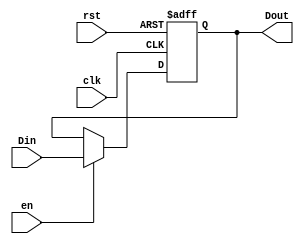
`timescale 1ns / 1ps
//////////////////////////////////////////////////////////////////////////////////
// Company: 
// Engineer: 
// 
// Design Name: 
// Module Name: register
// Project Name: 
// Target Devices: 
// Tool Versions: 
// Description: 
// 
// Dependencies: 
// 
// Revision:
// Revision 0.01 - File Created
// Additional Comments:
// 
//////////////////////////////////////////////////////////////////////////////////


module register(Din,en,clk,rst,Dout);
    input[31:0]Din;
    input en,clk,rst;
    output reg[31:0]Dout;
    initial begin
        Dout=0;
    end
    always@(posedge clk,posedge rst)begin
        if(rst)
            Dout<=0;
        else if(en)begin
            Dout<=Din;
        end
    end
endmodule